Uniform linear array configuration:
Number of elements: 32
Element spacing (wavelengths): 0.75
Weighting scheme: cosine
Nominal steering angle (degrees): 45
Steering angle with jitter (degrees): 46.857
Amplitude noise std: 0.05
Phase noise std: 0.05

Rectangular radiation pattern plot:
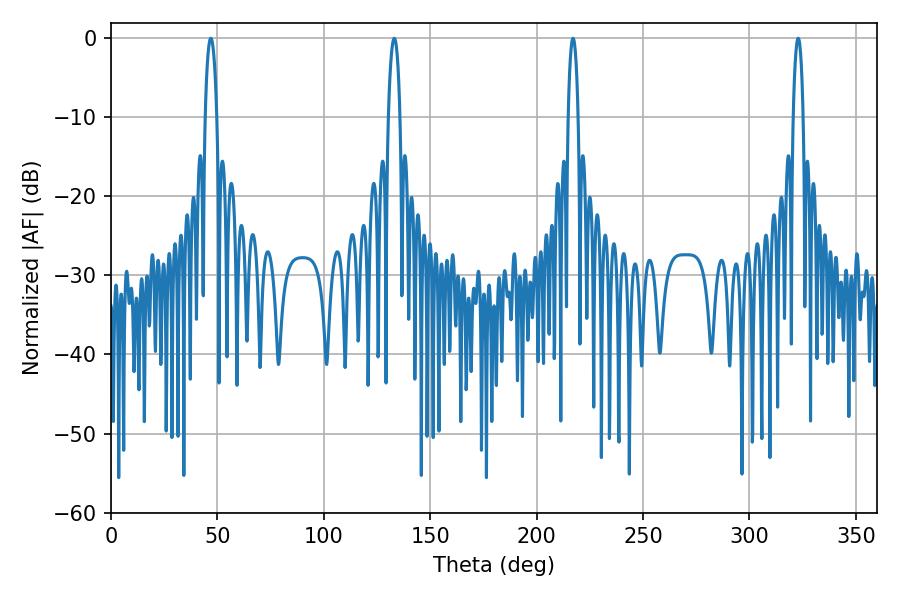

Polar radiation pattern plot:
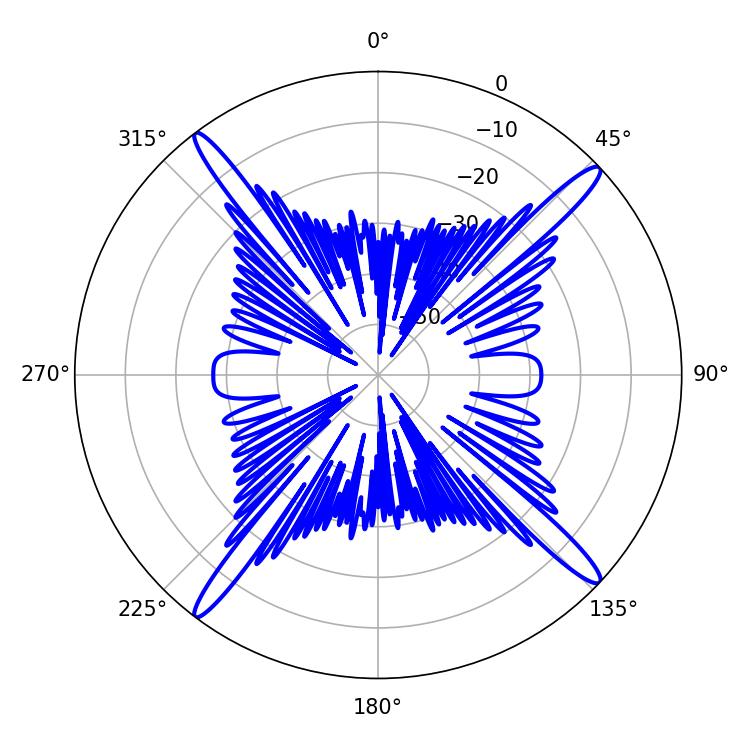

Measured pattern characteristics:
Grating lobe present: TRUE
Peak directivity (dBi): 18.867
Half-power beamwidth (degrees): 2.52
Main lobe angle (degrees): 217.08